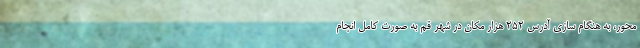
محور، به هنگام سازی آدرس ۲۵۲ هزار مکان در شهر قم به صورت کامل انجام